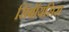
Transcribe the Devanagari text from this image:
सिंबॉयसिस